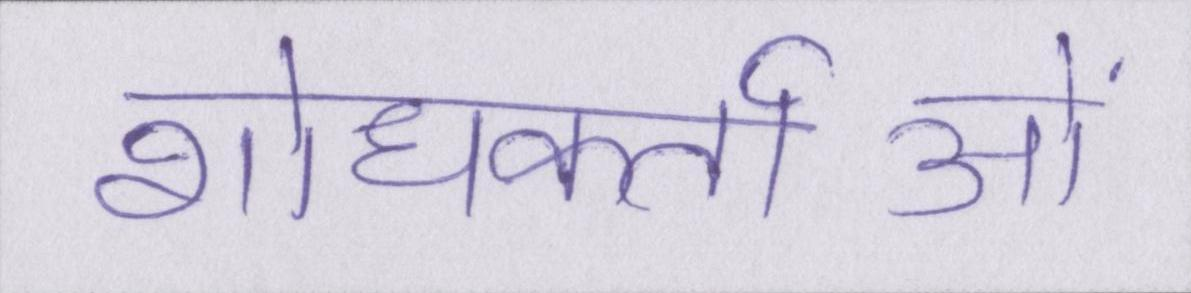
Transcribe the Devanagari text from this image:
शोधकर्ताओं